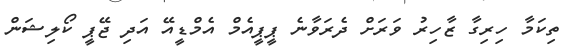
ތިކަމާ ހިރިގާ ޒާހިރު ވަރަށް ދެރަވާނެ ޕީޕީއެމް އެމްޑީއޭ އަދި ޖޭޕީ ކޯލިޝަން